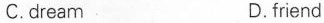
C.dream D.friend